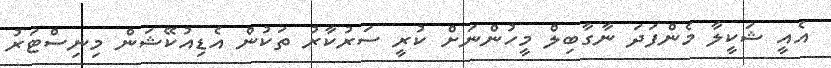
އެއީ ޝަކީލާ މެންފަދަ ނާގާބިލް މީހުންނަށް ކުރީ ސަރުކާރު ތަކުން އެޑިއުކޭޝަން މިނިސްޓަރު